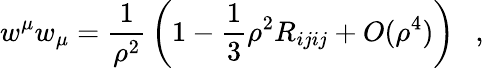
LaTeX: w^{\mu}w_{\mu}={\frac{1}{\rho^{2}}}\left(1-\frac 13\rho^{2}R_{ijij}+O(\rho^{4})\right)~~~,